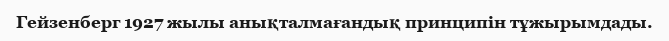
Гейзенберг 1927 жылы анықталмағандық принципін тұжырымдады.